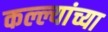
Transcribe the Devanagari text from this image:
कल्ल्यांच्या